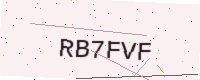
Text: RB7FVF